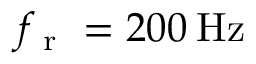
f _ { \mathrm { ~ r ~ } } = 2 0 0 \: \mathrm { H z }